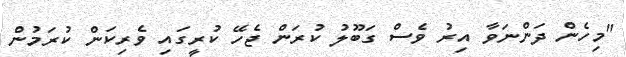
"މިހެން ދަންނަވާ އިރު ވެސް ގަބޫލު ކުރަން ޖެހޭ ކުރީގައި ވެރިކަން ކުރަމުން